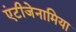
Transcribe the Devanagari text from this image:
एंटीजेनामिया